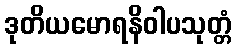
ဒုတိယမောရနိဝါပသုတ္တံ